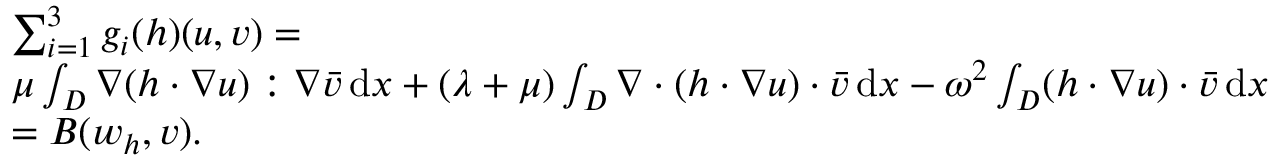
\begin{array} { r l } & { \sum _ { i = 1 } ^ { 3 } g _ { i } ( h ) ( u , v ) = } \\ & { \mu \int _ { D } \nabla ( h \cdot \nabla u ) : \nabla \bar { v } \, \mathrm { d } x + ( \lambda + \mu ) \int _ { D } \nabla \cdot ( h \cdot \nabla u ) \cdot \bar { v } \, \mathrm { d } x - \omega ^ { 2 } \int _ { D } ( h \cdot \nabla u ) \cdot \bar { v } \, \mathrm { d } x } \\ & { = B ( w _ { h } , v ) . } \end{array}